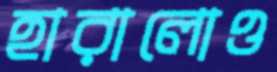
হারালোও